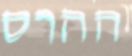
ההרס